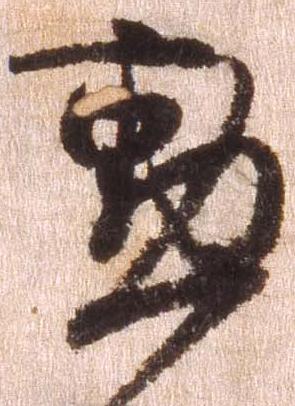
勲